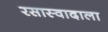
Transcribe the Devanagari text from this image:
रसास्वादाला